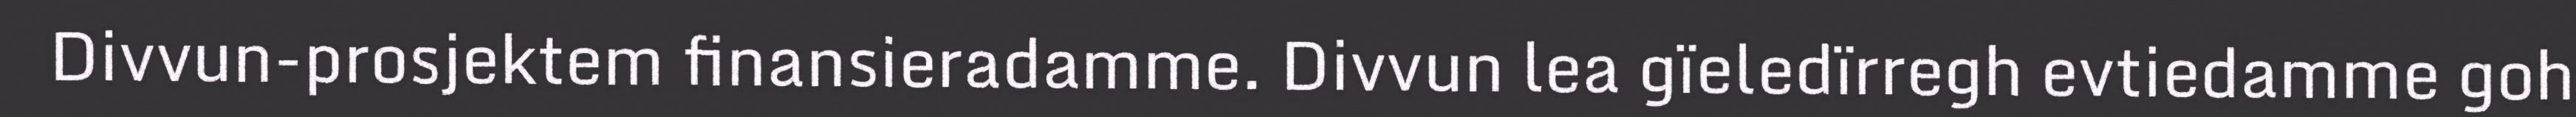
Divvun-prosjektem finansieradamme. Divvun lea gïeledïrregh evtiedamme goh